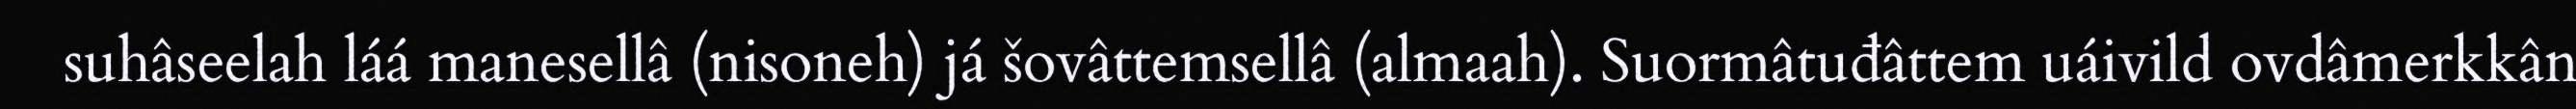
suhâseelah láá manesellâ (nisoneh) já šovâttemsellâ (almaah). Suormâtuđâttem uáivild ovdâmerkkân